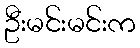
ဦးမင်းမင်းက